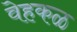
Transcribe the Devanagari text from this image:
वेहकळ